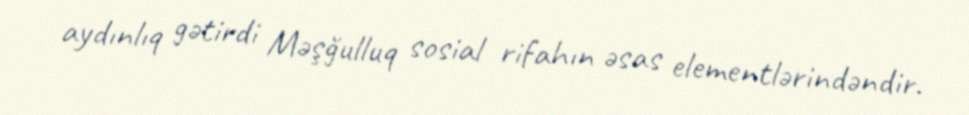
aydınlıq gətirdi Məşğulluq sosial rifahın əsas elementlərindəndir.